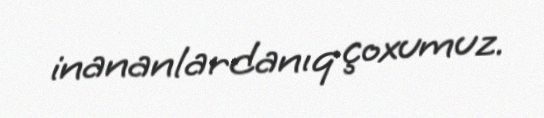
inananlardanıq çoxumuz.